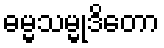
ဓမ္မသမ္မုဒိတော